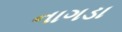
નાગડા